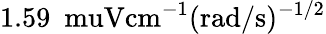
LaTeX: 1.59\ \mathrm{\ muV}\mathrm{cm}^{-1}(\mathrm{rad}/\mathrm{s})^{-1/2}